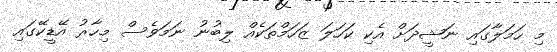
މި ހަމަލާގައި ނަޝީދަށް އެކި ކަހަލަ ޒަހަމްތަކެއް ލިބުނު ނަމަވެސް މިހާރު އޭޑީކޭގައި